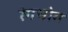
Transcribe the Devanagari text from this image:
रंगभोग